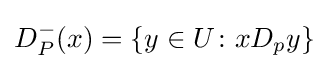
D_{P}^{-}(x)=\{y\in U\colon xD_{p}y\}